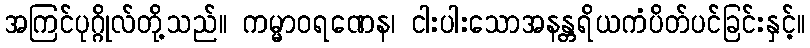
အကြင်ပုဂ္ဂိုလ်တို့သည်။ ကမ္မာဝရဏေန၊ ငါးပါးသောအနန္တရိယကံပိတ်ပင်ခြင်းနှင့်။